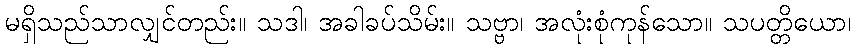
မရှိသည်သာလျှင်တည်း။ သဒါ၊ အခါခပ်သိမ်း။ သဗ္ဗာ၊ အလုံးစုံကုန်သော။ သပတ္တိယော၊